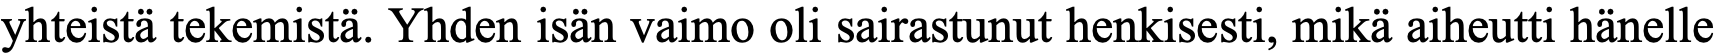
yhteistä tekemistä. Yhden isän vaimo oli sairastunut henkisesti, mikä aiheutti hänelle